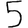
Digit: 5